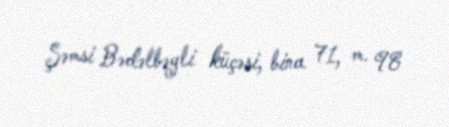
Şəmsi Bədəlbəyli küçəsi, bina 71, m. 98